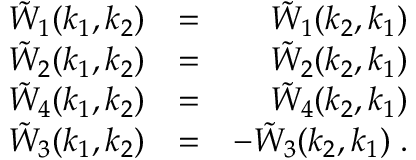
\begin{array} { r l r } { \tilde { W } _ { 1 } ( k _ { 1 } , k _ { 2 } ) } & { = } & { \tilde { W } _ { 1 } ( k _ { 2 } , k _ { 1 } ) } \\ { \tilde { W } _ { 2 } ( k _ { 1 } , k _ { 2 } ) } & { = } & { \tilde { W } _ { 2 } ( k _ { 2 } , k _ { 1 } ) } \\ { \tilde { W } _ { 4 } ( k _ { 1 } , k _ { 2 } ) } & { = } & { \tilde { W } _ { 4 } ( k _ { 2 } , k _ { 1 } ) } \\ { \tilde { W } _ { 3 } ( k _ { 1 } , k _ { 2 } ) } & { = } & { - \tilde { W } _ { 3 } ( k _ { 2 } , k _ { 1 } ) \; . } \end{array}